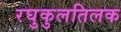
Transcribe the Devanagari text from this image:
रघुकुलतिलक